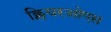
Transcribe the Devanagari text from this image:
क्लियरओएस